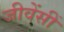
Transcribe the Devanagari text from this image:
जीवेंसीं